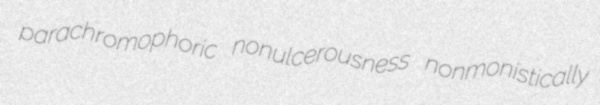
parachromophoric nonulcerousness nonmonistically